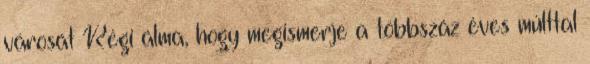
városát Régi álma, hogy megismerje a többszáz éves múlttal